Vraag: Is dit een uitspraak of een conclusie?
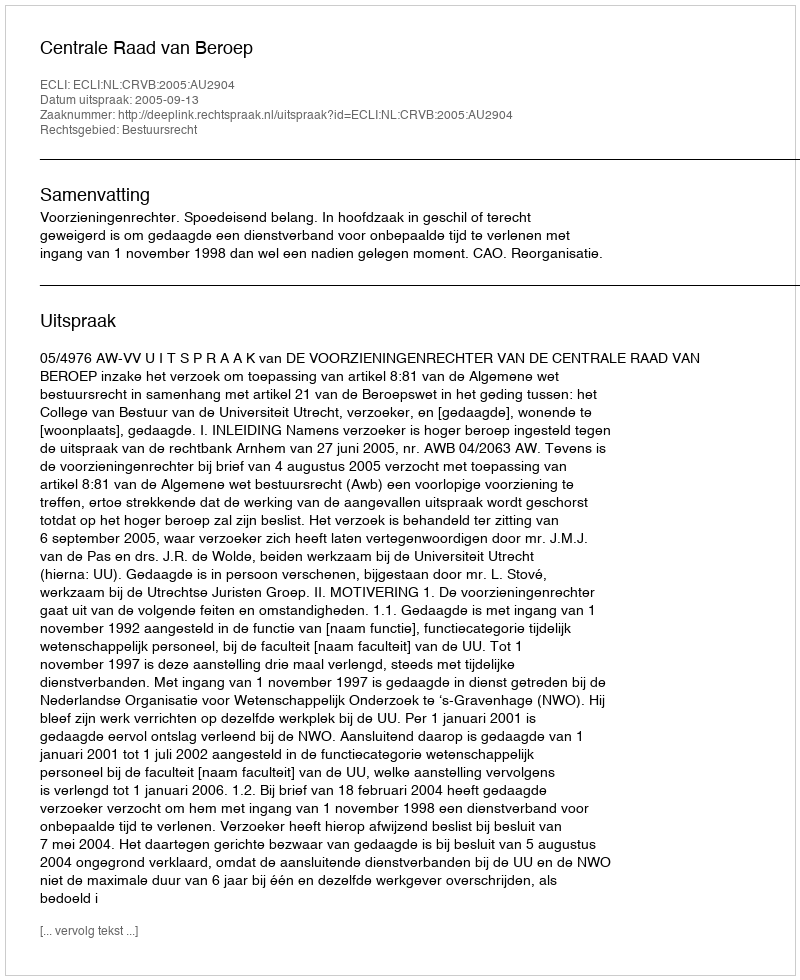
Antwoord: Uitspraak